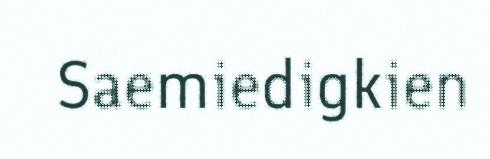
Saemiedigkien